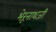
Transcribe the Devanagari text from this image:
भेरूनाथजी